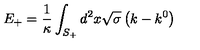
E _ { + } = \frac { 1 } { \kappa } \int _ { S _ { + } } ^ { { } } d ^ { 2 } x \sqrt { \sigma } \left( k - k ^ { 0 } \right)